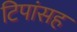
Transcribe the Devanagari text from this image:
टिपांसह